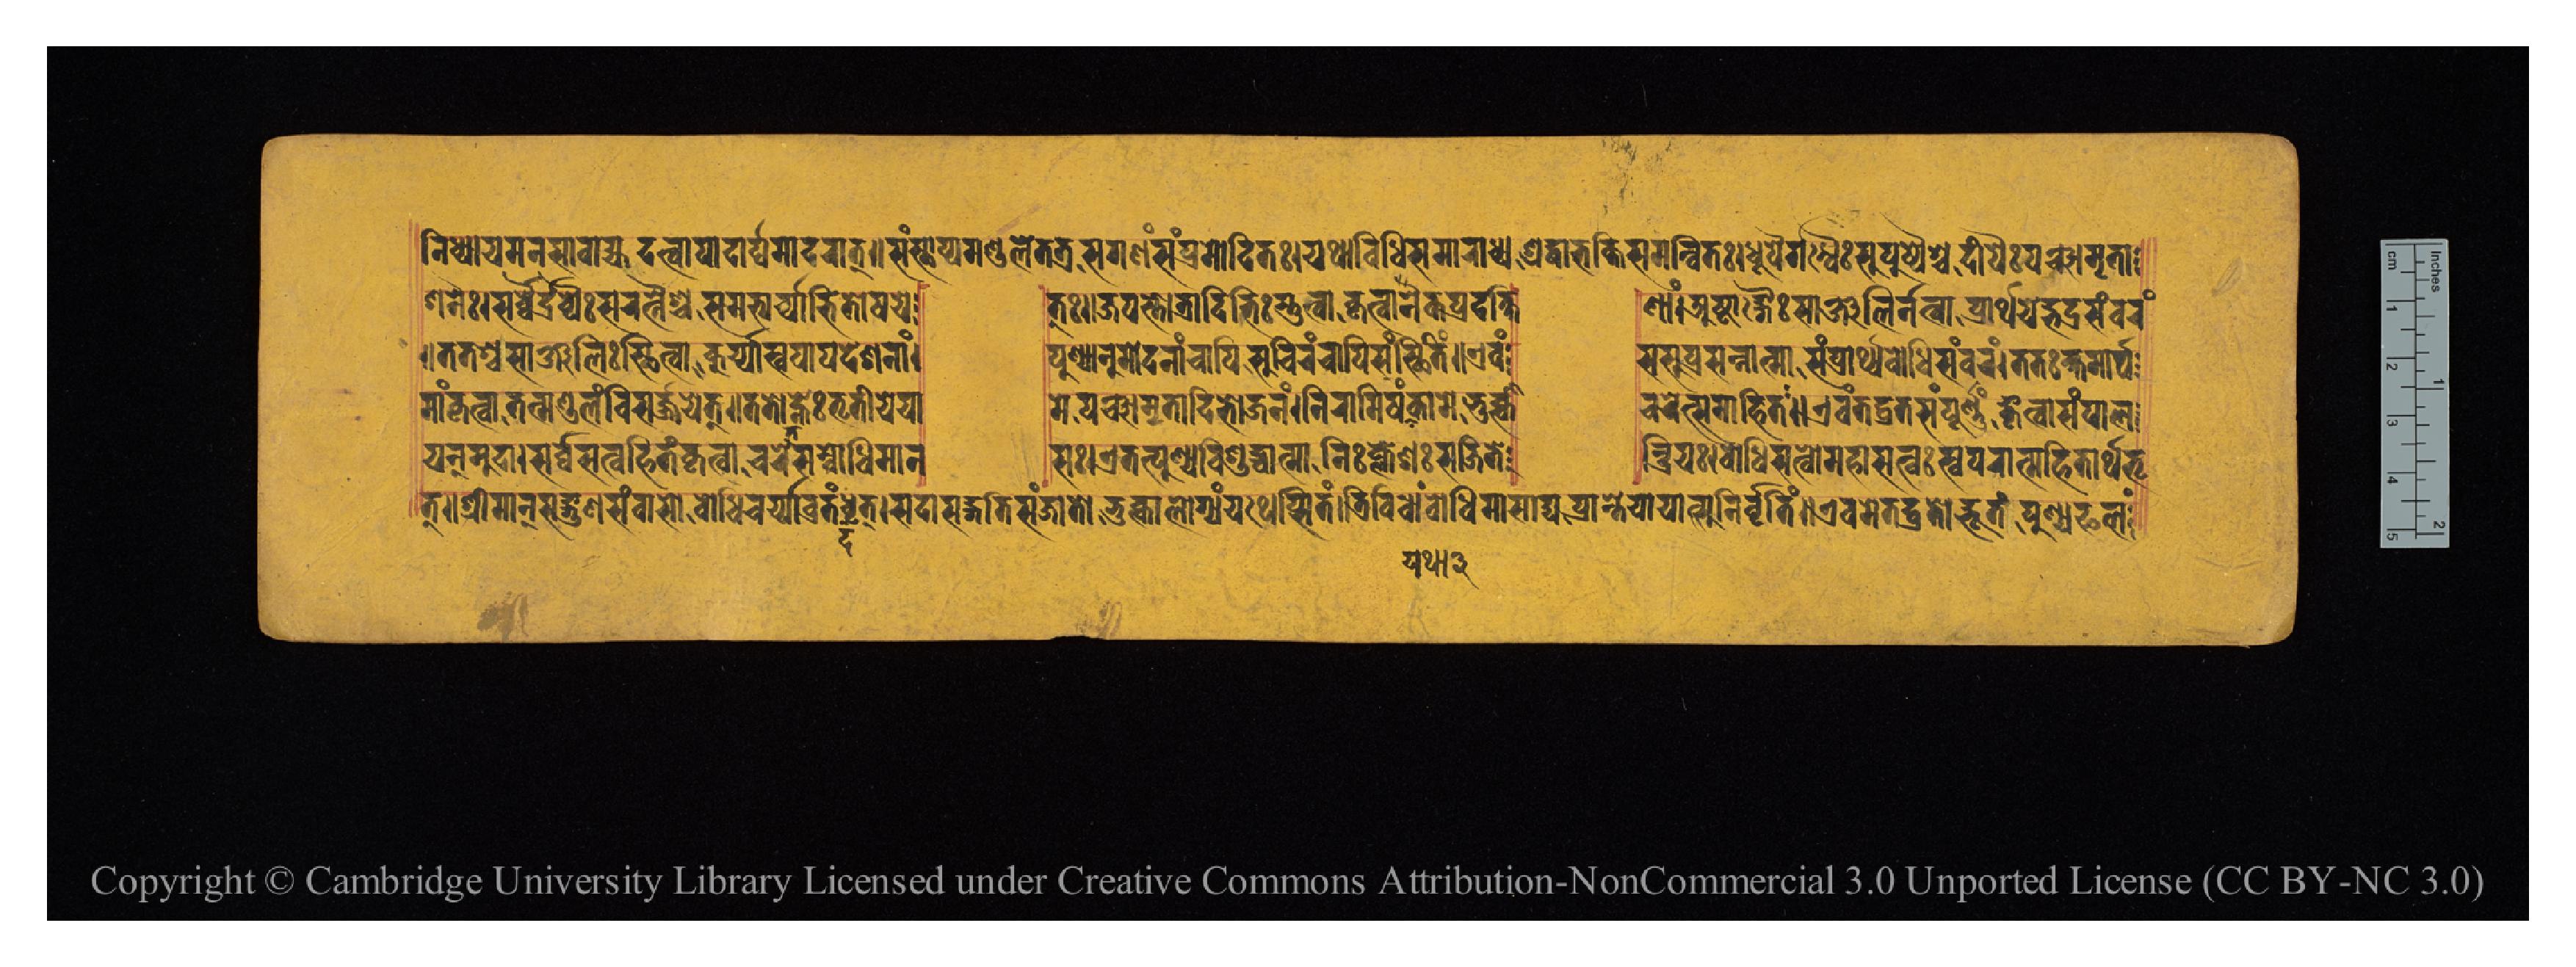
𑐣𑐶𑐢𑑂𑐫𑐵𑐫𑐩𑐣𑐳𑐵𑐰𑐵𑐴𑑂𑐫𑐡𑐟𑑂𑐰𑐵𑐥𑐵𑐡𑑂𑐫𑐵𑐬𑑂𑐑𑐩𑐵𑐡𑐬𑐵𑐟𑑂𑑌𑐳𑑄𑐳𑑂𑐠𑐵𑐥𑑂𑐫𑐩𑐞𑑂𑐜𑐮𑐾𑐟𑐟𑑂𑐬𑐳𑐐𑐞𑑄𑐳𑑄𑐥𑑂𑐬𑐩𑑀𑐡𑐶𑐟𑑅𑑋𑐫𑐠𑐵𑐰𑐶𑐠𑐶𑐳𑐩𑐵𑐬𑐵𑐢𑑂𑐫𑐱𑑂𑐬𑐡𑑂𑐢𑐵𑐨𑐎𑑂𑐟𑐶𑐳𑐩𑐣𑑂𑐰𑐶𑐟𑑅𑑋𑐢𑐹𑐥𑐿𑐬𑑂𑐐𑐣𑑂𑐢𑐿𑑅𑐳𑐸𑐥𑐸𑐲𑑂𑐥𑐿𑐱𑑂𑐔𑐡𑐷𑐥𑐿𑑅𑐥𑐘𑑂𑐔𑐵𑐩𑐺𑐟𑐵 𑐱𑐣𑐿𑑅𑑋𑐳𑐬𑑂𑐰𑑂𑐰𑐿𑐬𑑂𑐡𑑂𑐬𑐰𑑂𑐫𑐿𑑅𑐳𑐬𑐟𑑂𑐣𑐿𑐱𑑂𑐔𑐳𑐩𑐨𑑂𑐫𑐬𑑂𑐔𑑂𑐫𑐵𑐨𑐶𑐟𑑀𑐲𑐫𑐾 𑐟𑑂𑑌𑐖𑐥𑐳𑑂𑐟𑑀𑐟𑑂𑐬𑐵𑐡𑐶𑐨𑐶𑑅𑐳𑑂𑐟𑐸𑐟𑑂𑐰𑐵𑐎𑐺𑐟𑑂𑐰𑐵𑐣𑐿𑐎𑐥𑑂𑐬𑐡𑐎𑑂𑐲𑐶 𑐞𑐵𑑄𑑋𑐀𑐲𑑂𑐚𑐵𑑄𑐐𑐿𑑅𑐳𑐵𑐘𑑂𑐖𑐮𑐶𑐬𑑂𑐣𑐟𑑂𑐰𑐵𑐥𑑂𑐬𑐵𑐬𑑂𑐠𑐫𑐾𑐡𑑂𑐨𑐡𑑂𑐬𑐳𑑄𑐰𑐬𑑄 𑑌𑐟𑐟𑐱𑑂𑐔𑐳𑐵𑐘𑑂𑐖𑐮𑐶𑑅𑐳𑑂𑐠𑐶𑐟𑑂𑐰𑐵𑐎𑐸𑐬𑑂𑐫𑐵𑐟𑑂𑐳𑑂𑐰𑐥𑐵𑐥𑐡𑐾𑐱𑐣𑐵𑑄𑑋 𑐥𑐸𑐞𑑂𑐫𑐵𑐣𑐸𑐩𑑀𑐡𑐣𑐵𑐘𑑂𑐔𑐵𑐥𑐶𑐳𑐸𑐔𑐶𑐬𑐘𑑂𑐔𑐵𑐥𑐶𑐳𑑄𑐳𑑂𑐠𑐶𑐟𑐶𑑄𑑋𑐊𑐰𑑄 𑐳𑐳𑐸𑐥𑑂𑐬𑐳𑐣𑑂𑐣𑐵𑐟𑑂𑐩𑐵𑐳𑑄𑐥𑑂𑐬𑐵𑐬𑑂𑐠𑑂𑐫𑐧𑑀𑐢𑐶𑐳𑑄𑐰𑐬𑑄𑑋𑐟𑐟𑑅𑐎𑑂𑐲𑐩𑐵𑐬𑑂𑐠 𑐣𑐵𑑄𑐎𑐺𑐟𑑂𑐰𑐵𑐟𑐣𑑂𑐩𑐞𑑂𑐜𑐮𑑄𑐰𑐶𑐳𑐬𑑂𑐖𑐫𑐾𑐟𑑂𑑌𑐟𑐟𑑀𑐴𑑂𑐣𑐾𑑅𑐟𑐺𑐟𑐷𑐫𑐾𑐫𑐵 𑐩𑐾𑐥𑐘𑑂𑐔𑐵𑐩𑐺𑐟𑐵𑐡𑐶𑐨𑑀𑐖𑐣𑑄𑑋𑐣𑐶𑐬𑐵𑐩𑐶𑐲𑑄𑐫𑐠𑐵𑐎𑐵𑐩𑑄𑐨𑐸𑐎𑑂𑐟𑑂𑐰𑐵 𑐔𑐬𑐾𑐟𑑂𑐳𑐩𑐵𑐴𑐶𑐟𑑅𑑌𑐊𑐰𑑄𑐟𑐡𑑂𑐰𑑂𑐬𑐟𑐳𑑄𑐥𑐹𑐬𑑂𑐞𑑄𑐎𑐺𑐟𑑂𑐰𑐵𑐳𑑄𑐥𑐵𑐮 𑐫𑐣𑑂𑐩𑐸𑐡𑐵𑑋𑐳𑐬𑑂𑐰𑑂𑐰𑐳𑐟𑑂𑐰𑐴𑐶𑐟𑑄𑐎𑐺𑐟𑑂𑐰𑐵𑐔𑐬𑐾𑐟𑑂𑐳𑑄𑐧𑑀𑐢𑐶𑐩𑐵𑐣 𑐳𑑅𑑋𑐊𑐀𑐟𑐟𑑂𑐥𑐸𑐞𑑂𑐫𑐰𑐶𑐱𑐸𑐡𑑂𑐢𑐵𑐟𑑂𑐩𑐵𑐣𑐶𑑅𑐎𑑂𑐮𑐾𑐱𑑅𑐳𑐖𑐶𑐟𑐾 𑐣𑑂𑐡𑑂𑐬𑐶𑐫𑑅𑑋𑐧𑑀𑐢𑐶𑐳𑐟𑑂𑐰𑑀𑐩𑐴𑐵𑐳𑐟𑑂𑐰𑑅𑐳𑑂𑐰𑐥𑐬𑐵𑐟𑑂𑐩𑐴𑐶𑐟𑐵𑐬𑑂𑐠𑐨𑐺 𑐟𑑂𑑌𑐱𑑂𑐬𑐷𑐩𑐵𑐣𑑂𑐳𑐡𑑂𑐐𑐸𑐞𑐳𑑄𑐰𑐵𑐳𑑀𑐧𑑀𑐢𑐶𑐔𑐬𑑂𑐫𑐵𑐰𑑂𑐬𑐟𑑄𑐡𑐢𑐟𑑂𑑋𑐳𑐡𑐵𑐳𑐡𑑂𑐐𑐟𑐶𑐳𑐘𑑂𑐖𑐵𑐟𑑀𑐨𑐸𑐎𑑂𑐟𑑂𑐰𑐵𑐨𑑀𑐫𑑄𑐫𑐠𑐾𑐥𑑂𑐳𑐶𑐟𑑄𑑋𑐟𑑂𑐬𑐶𑐰𑐶𑐢𑐵𑑄𑐧𑑀𑐢𑐶𑐩𑐵𑐳𑐵𑐡𑑂𑐫𑐥𑑂𑐬𑐵𑐣𑑂𑐟𑐾𑐫𑐵𑐫𑐵𑐟𑑂𑐳𑐸𑐣𑐶𑐬𑑂𑐰𑐺𑐟𑐶𑑄𑑌𑐊𑐰𑐩𑐾𑐰𑐡𑑂𑐰𑑂𑐬𑐟𑑀𑐡𑑂𑐨𑐹𑐟𑑄𑐥𑐸𑐞𑑂𑐫𑐦𑐮𑑄